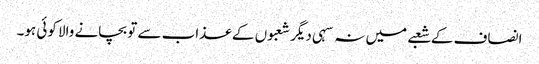
انصاف کے شعبے میں نہ سہی دیگر شعبوں کے عذاب سے تو بچانے والا کوئی ہو۔